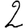
Digit: 2